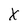
Character: X